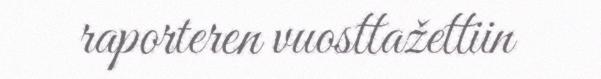
raporteren vuosttažettiin